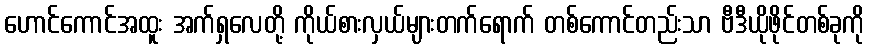
ဟောင်ကောင်အထူး အက်ရှလေတို့ ကိုယ်စားလှယ်များတက်ရောက် တစ်ကောင်တည်းသာ ဗီဒီယိုဖိုင်တစ်ခုကို